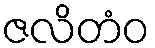
ဇလိတံဝ